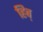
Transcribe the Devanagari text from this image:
हिब्